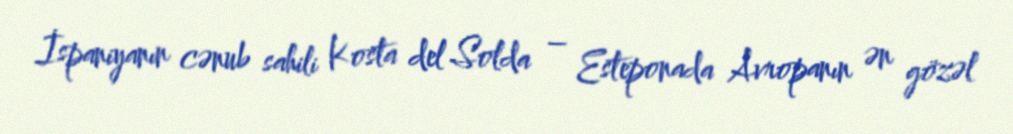
İspaniyanın cənub sahili Kosta del Solda – Esteponada Avropanın ən gözəl